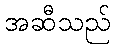
အဆီသည်